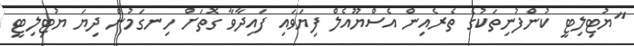
"ޔުޓިލިޓީ ކުންފުނިތަކުގެ ތެރެއިން އެސްޔޫއެލް ފިޔަވައި ފައިދާވާ ގޮތަށް ހިނގަމުން ދިޔަ ޔުޓިލިޓީ